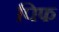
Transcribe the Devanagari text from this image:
पिफ